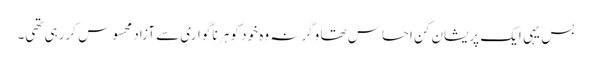
بس یہی ایک پریشان کن احساس تھا وگرنہ وہ خود کو ہر نا گواری سے آزاد محسوس کررہی تھی۔